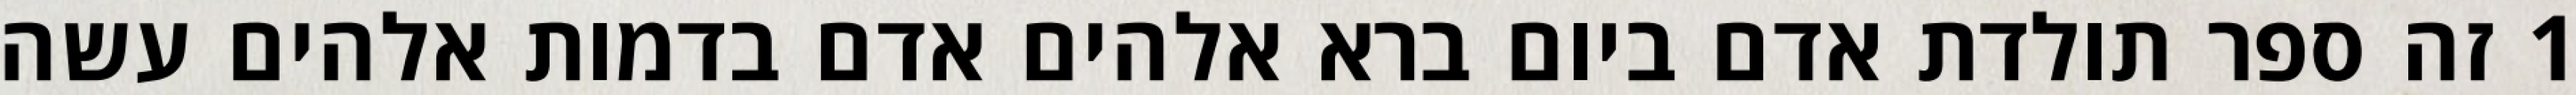
1 זה ספר תולדת אדם ביום ברא אלהים אדם בדמות אלהים עשה